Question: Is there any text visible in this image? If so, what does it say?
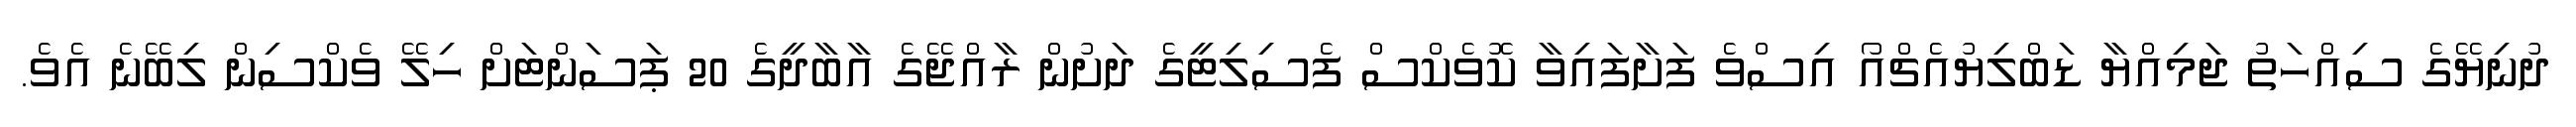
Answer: ދުނިޔޭގެ ސިއްހަތު ޖަމިއްޔާ ޑަބްލިޔުއެޗްއޯ އިސްވެ ފަށާފައިވާ ކޮވެކްސް ފެސިލިޓީގެ ދަށުން ރާއްޖޭގެ އާބާދީގެ 20 ޕަސަންޓަށް ހިލޭ ވެކްސިން ލިބޭނެ އެވެ.